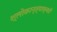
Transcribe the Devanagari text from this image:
श्लोकान्त्याक्षरी